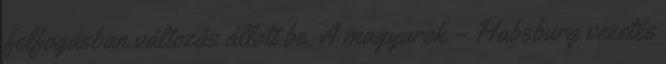
felfogásban változás állott be. A magyarok – Habsburg vezetés